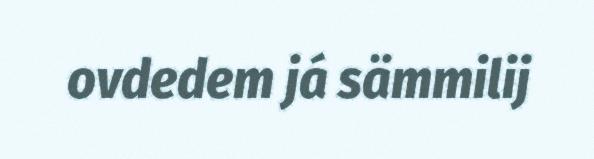
ovdedem já sämmilij